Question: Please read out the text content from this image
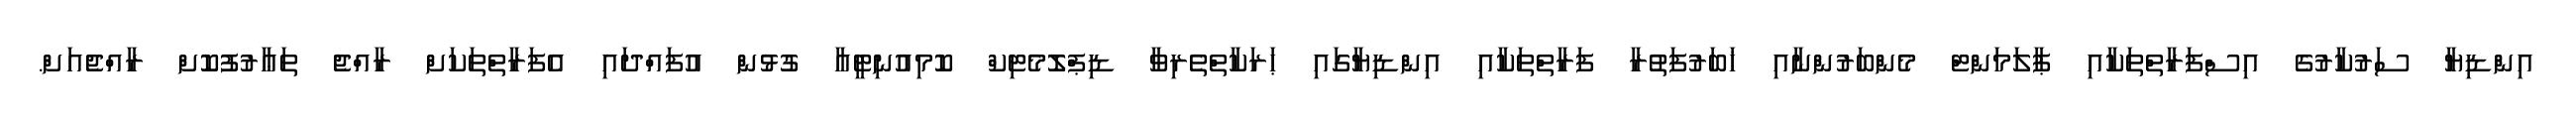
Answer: އިންޑިޔާ ސަރުކާރުގެ އިސްފަރާތްތަކާއި ޕާލަމަންޓް މެންބަރުންނާއި ޚަބަރުފަތުރާ ފަރާތްތަކާއި އިންޑިޔާގައި ޙަރަކާތްތެރިވާ ޑިޕްލޮމެޓިކް ކޮމިއުނިޓީއާ ގުޅުން އުފައްދައި އެފަރާތްތަކަށް ރާއްޖެ ތަޢާރުފުކޮށް ރާއްޖެއަށް.